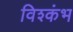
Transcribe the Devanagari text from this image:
विश्कंभ